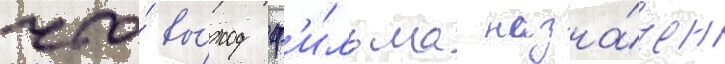
что́ вы́ход ф'и́льма назна́чен